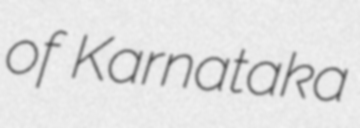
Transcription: of Karnataka